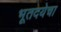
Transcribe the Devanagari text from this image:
भूतदयेचा